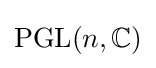
\operatorname {PGL} (n,\mathbb {C} )